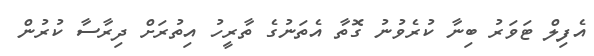
އެފިލް ޓަވަރު ބިނާ ކުރެވުނު ގޮތާ އެތަނުގެ ތާރީހު އިތުރަށް ދިރާސާ ކުރުން